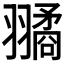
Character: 𦒔